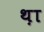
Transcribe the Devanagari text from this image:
थ़ा